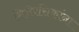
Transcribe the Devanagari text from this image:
सिनेरसिकांना